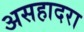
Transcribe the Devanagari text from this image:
असहादरा